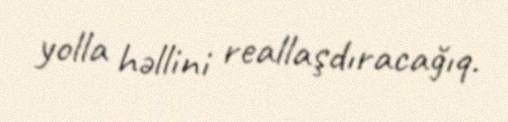
yolla həllini reallaşdıracağıq.